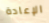
الإعادة